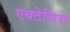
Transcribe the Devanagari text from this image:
एक्टेसिस